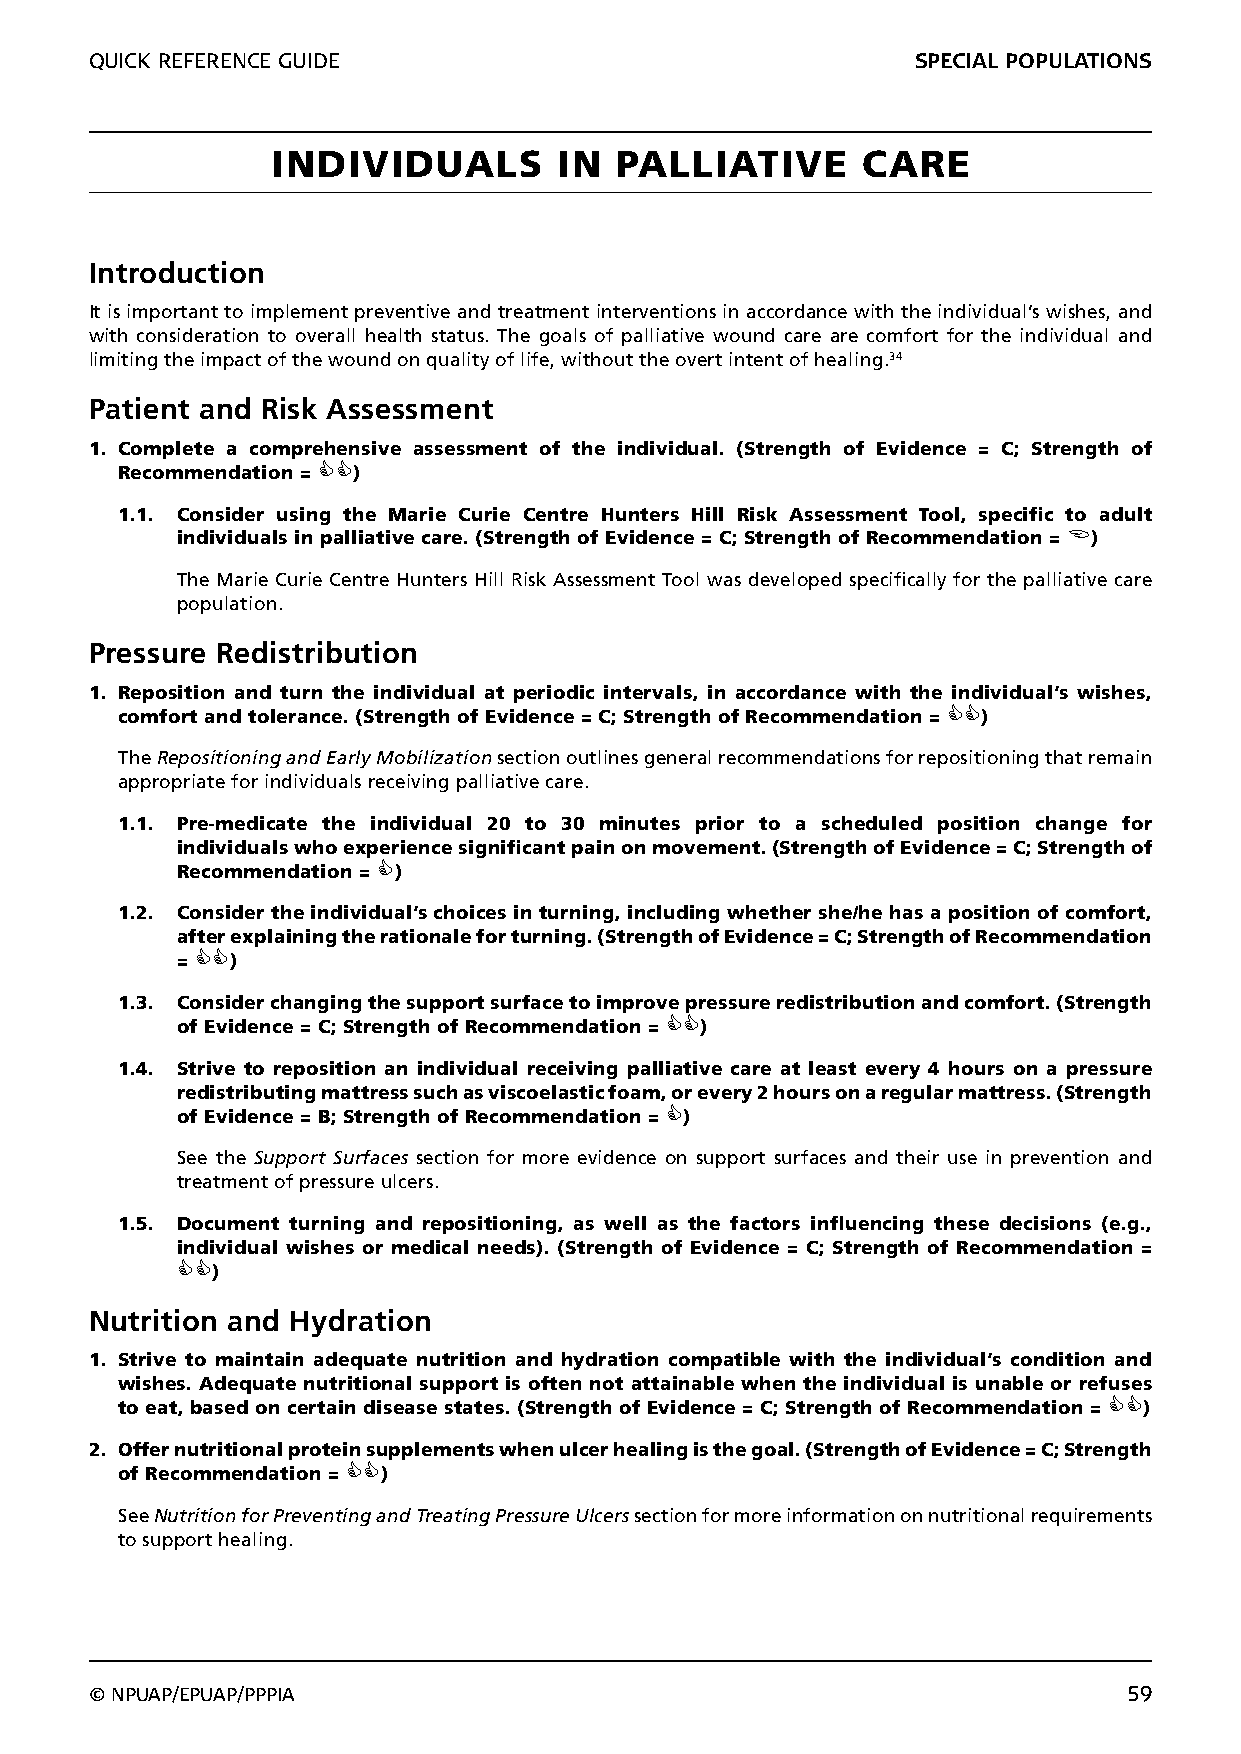
QUICK REFERENCE GUIDE                                  SPECIAL POPULATIONS
 INDIVIDUALS        IN  PALLIATIVE      CARE
 Introduction
 It is important to implement preventive and treatment interventions in accordance with the individual’s wishes, and
 with consideration to overall health status. The goals of palliative wound care are comfort for the individual and
 limiting the impact of the wound on quality of life, without the overt intent of healing.34
 Patient and Risk Assessment
 1. Complete a comprehensive assessment of the individual. (Strength of Evidence = C; Strength of
 Recommendation = )
 1.1. Consider using the Marie Curie Centre Hunters Hill Risk Assessment Tool, specific to adult
 individuals in palliative care. (Strength of Evidence = C; Strength of Recommendation = )
 The Marie Curie Centre Hunters Hill Risk Assessment Tool was developed specifically for the palliative care
 population.
 Pressure Redistribution
 1. Reposition and turn the individual at periodic intervals, in accordance with the individual’s wishes,
 comfort and tolerance. (Strength of Evidence = C; Strength of Recommendation = )
 The Repositioning and Early Mobilization section outlines general recommendations for repositioning that remain
 appropriate for individuals receiving palliative care.
 1.1. Pre-medicate the individual 20 to 30 minutes prior to a scheduled position change for
 individuals who experience significant pain on movement. (Strength of Evidence = C; Strength of
 Recommendation = )
 1.2. Consider the individual’s choices in turning, including whether she/he has a position of comfort,
 after explaining the rationale for turning. (Strength of Evidence = C; Strength of Recommendation
 = )
 1.3. Consider changing the support surface to improve pressure redistribution and comfort. (Strength
 of Evidence = C; Strength of Recommendation = )
 1.4. Strive to reposition an individual receiving palliative care at least every 4 hours on a pressure
 redistributing mattress such as viscoelastic foam, or every 2 hours on a regular mattress. (Strength
 of Evidence = B; Strength of Recommendation = )
 See the Support Surfaces section for more evidence on support surfaces and their use in prevention and
 treatment of pressure ulcers.
 1.5. Document turning and repositioning, as well as the factors influencing these decisions (e.g.,
 individual wishes or medical needs). (Strength of Evidence = C; Strength of Recommendation =
 )
 Nutrition and Hydration
 1. Strive to maintain adequate nutrition and hydration compatible with the individual’s condition and
 wishes. Adequate nutritional support is often not attainable when the individual is unable or refuses
 to eat, based on certain disease states. (Strength of Evidence = C; Strength of Recommendation = )
 2. Offer nutritional protein supplements when ulcer healing is the goal. (Strength of Evidence = C; Strength
 of Recommendation = )
 See Nutrition for Preventing and Treating Pressure Ulcers section for more information on nutritional requirements
 to support healing.
 © NPUAP/EPUAP/PPPIA                                                  59